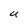
Character: U